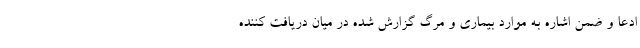
ادعا و ضمن اشاره به موارد بیماری و مرگ گزارش شده در میان دریافت کننده